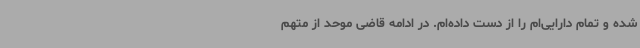
شده و تمام دارایی‌ام را از دست داده‌ام. در ادامه قاضی موحد از متهم